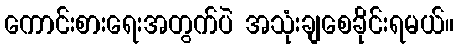
ကောင်းစားရေးအတွက်ပဲ အသုံးချစေခိုင်းရမယ်။